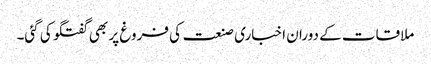
ملاقات کے دوران اخباری صنعت کی فروغ پر بھی گفتگو کی گئی۔